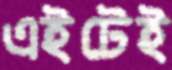
এইটেই